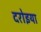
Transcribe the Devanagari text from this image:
दरोइया